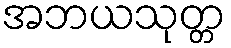
အဘယသုတ္တ